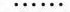
……